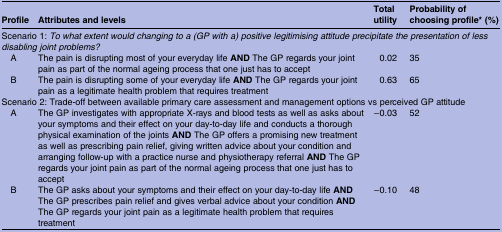
<table><thead><tr><td><b>Profile</b></td><td><b>Attributes and levels</b></td><td><b>Total utility</b></td><td><b>Probability of choosing profile* (%)</b></td></tr></thead><tbody><tr><td colspan="4">Scenario 1: <i>To what extent would changing to a (GP with a) positive legitimising attitude precipitate the presentation of less disabling joint problems?</i></td></tr><tr><td> A</td><td>The pain is disrupting most of your everyday life <b>AND</b> The GP regards your joint pain as part of the normal ageing process that one just has to accept</td><td>0.02</td><td>35</td></tr><tr><td> B</td><td>The pain is disrupting some of your everyday life <b>AND</b> The GP regards your joint pain as a legitimate health problem that requires treatment</td><td>0.63</td><td>65</td></tr><tr><td colspan="4">Scenario 2: Trade-off between available primary care assessment and management options vs perceived GP attitude</td></tr><tr><td> A</td><td>The GP investigates with appropriate X-rays and blood tests as well as asks about your symptoms and their effect on your day-to-day life and conducts a thorough physical examination of the joints <b>AND</b> The GP offers a promising new treatment as well as prescribing pain relief, giving written advice about your condition and arranging follow-up with a practice nurse and physiotherapy referral <b>AND</b> The GP regards your joint pain as part of the normal ageing process that one just has to accept</td><td>−0.03</td><td>52</td></tr><tr><td> B</td><td>The GP asks about your symptoms and their effect on your day-to-day life <b>AND</b> The GP prescribes pain relief and gives verbal advice about your condition <b>AND</b> The GP regards your joint pain as a legitimate health problem that requires treatment</td><td>−0.10</td><td>48</td></tr></tbody></table>